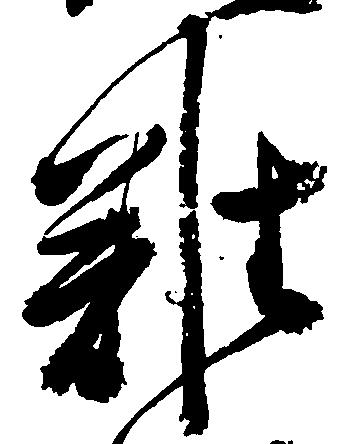
難